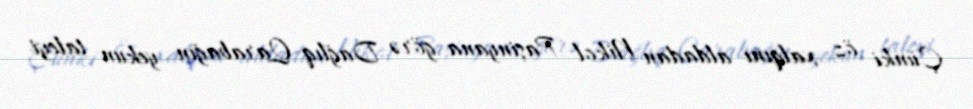
Çünki öz xalqını aldadan Nikol Paşinyana görə Dağlıq Qarabağın yekun taleyi